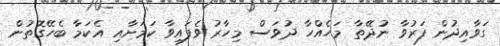
ގަވާއިދުން ފަރުވާ ނުދޭތާ މަހެއްހާ ދުވަސް މިހާރު ވެފައިވާ ކަމަށާއި އެކަމާ ބެހޭގޮތުން